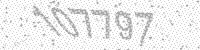
Solution: 107797